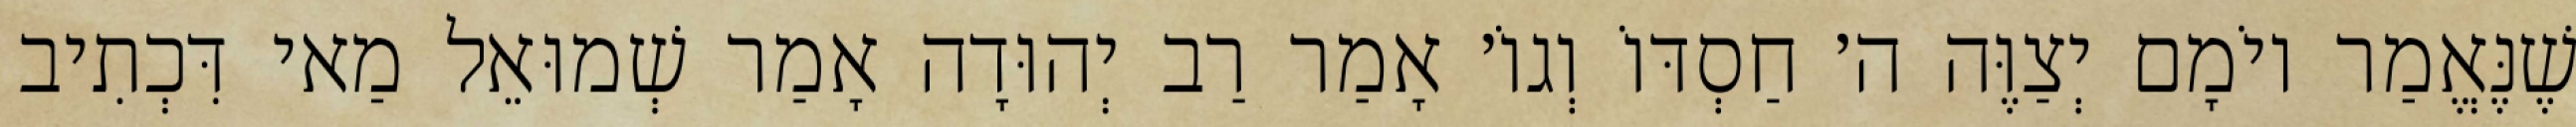
שֶׁנֶּאֱמַר יוֹמָם יְצַוֶּה ה׳ חַסְדּוֹ וְגוֹ׳ אָמַר רַב יְהוּדָה אָמַר שְׁמוּאֵל מַאי דִּכְתִיב